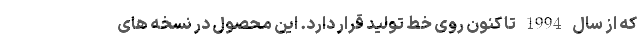
که از سال 1994 تا کنون روی خط تولید قرار دارد. این محصول در نسخه های